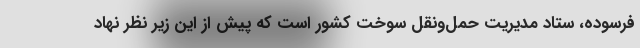
فرسوده، ستاد مدیریت حمل‌ونقل سوخت کشور است که پیش از این زیر نظر نهاد